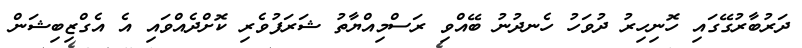
ދަރުބާރުގޭގައި ހޮނިހިރު ދުވަހު ހެނދުނު ބޭއްވި ރަސްމިއްޔާތު ޝަރަފުވެރި ކޮށްދެއްވައި އެ އެގްޒިބިޝަން